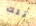
تلك